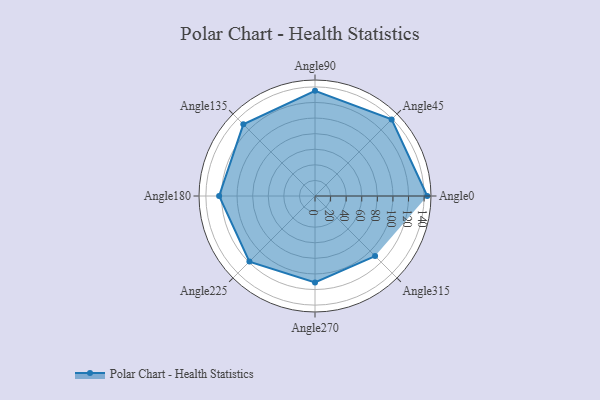
{"axis": {"x": "Angle", "y": "Radius"}, "legend": [""], "data": [{"x": "Angle0", "y": 144.0, "type": ""}, {"x": "Angle45", "y": 139.0, "type": ""}, {"x": "Angle90", "y": 135.0, "type": ""}, {"x": "Angle135", "y": 130.0, "type": ""}, {"x": "Angle180", "y": 123.0, "type": ""}, {"x": "Angle225", "y": 119.0, "type": ""}, {"x": "Angle270", "y": 111.0, "type": ""}, {"x": "Angle315", "y": 109.0, "type": ""}]}